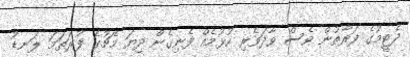
ދެޓީމުގެ ފަރާތުން ވެސް ވާދަވެރި ކުޅުމެއް ފެނިގެން ދިޔަ މެޗުގެ ފުރަތަމަ ލަނޑު